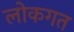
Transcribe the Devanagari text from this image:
लोकगत